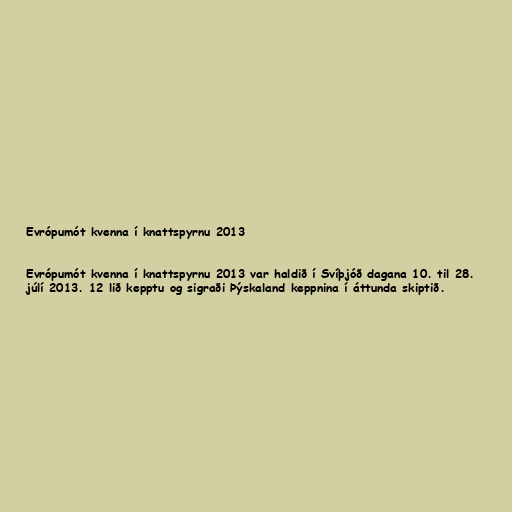
Evrópumót kvenna í knattspyrnu 2013

Evrópumót kvenna í knattspyrnu 2013 var haldið í Svíþjóð dagana 10. til 28.
júlí 2013. 12 lið kepptu og sigraði Þýskaland keppnina í áttunda skiptið.